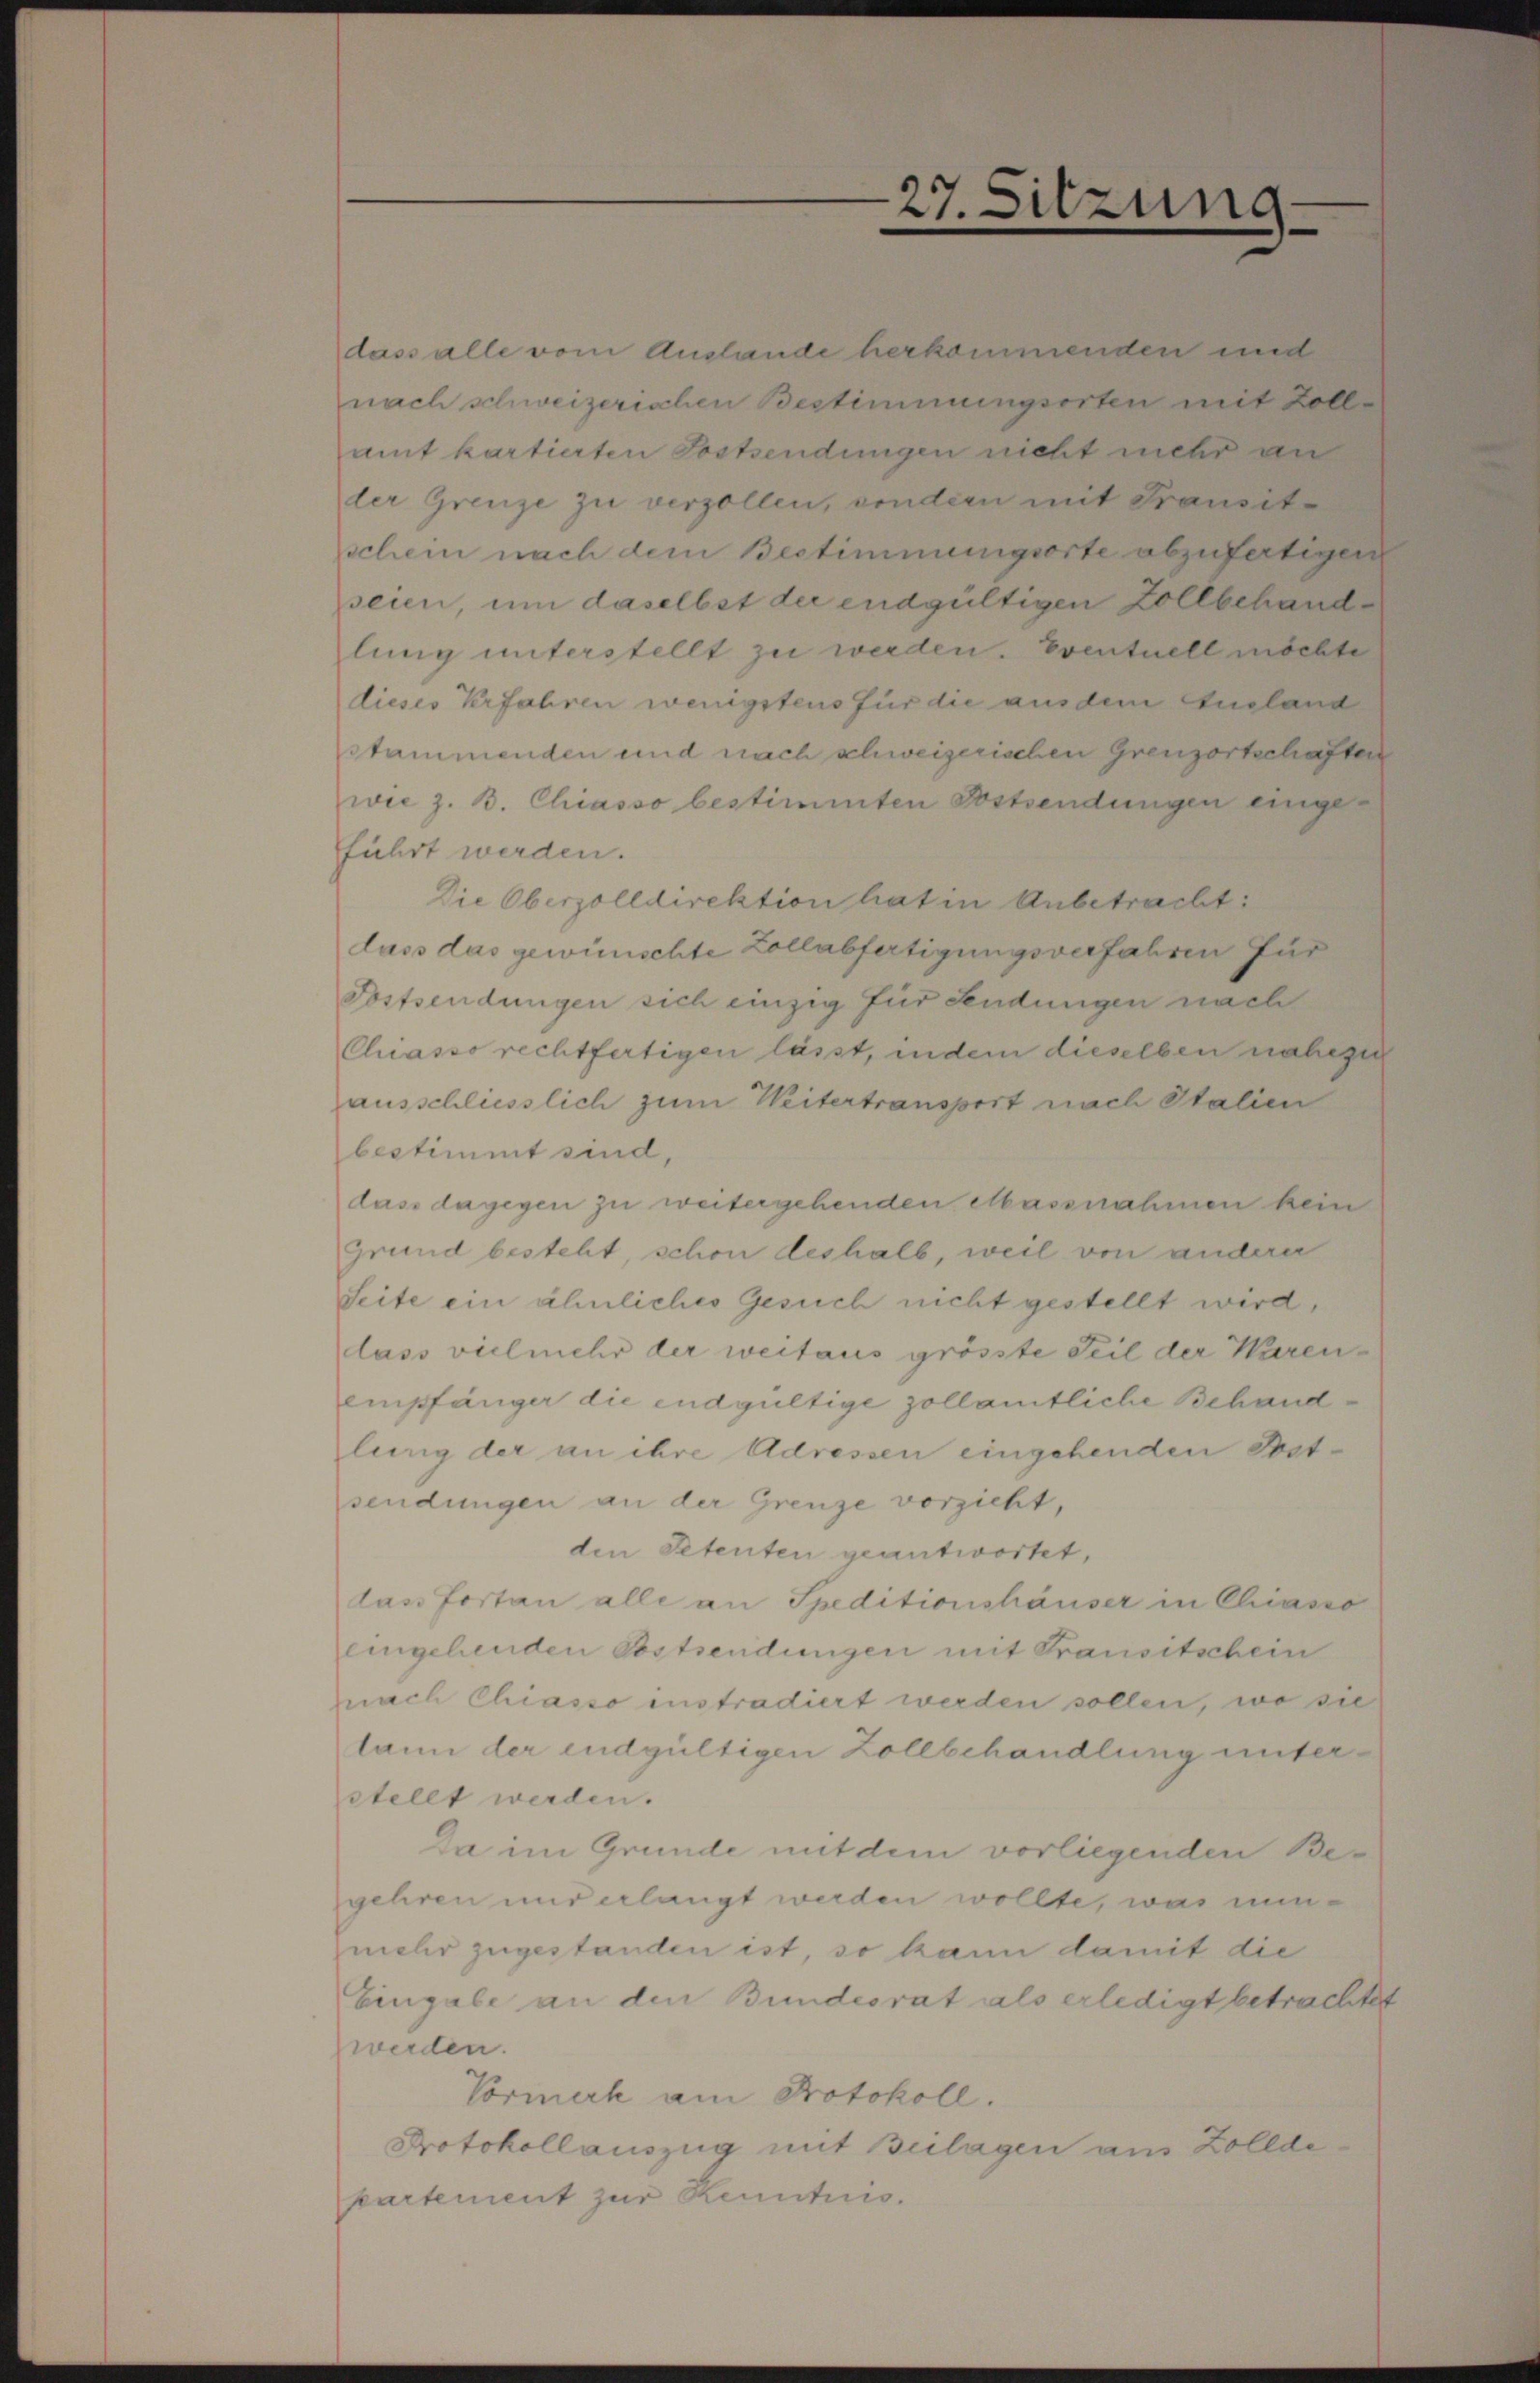
27. Sitzung

dass alle vom Auslande herkommenden und
nach schweizerischen Bestimmungsorten mit Doll-
amt kartierten Postsendungen nicht mehr an
der Grenze zu verzollen, sondern mit Transitschein nach dem Bestimmungsorte abzufertigen
seien, um daselbst die endgültigen Zollbehandlung unterstellt zu werden. Eventuell möchte
dieses Erfahren wenigstens für die aus dem Ausland
stammenden und nach schweizerischen Grenzortschaften
wie z. B. Chiasso bestimmten Postsendungen eingeführt werden.
Die Oberzolldirektion hat in Anbetracht:
lass das gewünschte Zollabfertigungsverfahren für
Fosssendungen sich einzig für Sendungen nach
Chiasso rechtfertigen lässt, indem dieselben nahezu
ausschliesslich zum Weitertransport nach Italien
bestimmt sind,
dass dagegen zu weitergehenden Massnahmen kein
Grund besteht, schon deshalb, weil von anderer
Seite ein ähnliches Gesuch nicht gestellt wird,
lass vielmehr der weitaus grösste Teil der Warenempfänger die endgültige zollamtliche Behandlung der an ihre Adressen eingehenden Betsendungen an der Grenze vorzieht,
den Petenten geantwortet,
das fortan alle an Speditionshäuser in Chiasso
eingehenden Ostsendungen mit Transitschein
nach Chiasso instradiert werden sollen, wo sie
lann der endgültigen Zollbehandlung unter
stellt werden.
Da im Grunde mit dem vorliegenden Be-
gehren und erlangt werden wollte, was nunmehr zugestanden ist, so kann damit die
Eingabe an den Bundesrat als erledigt betrachtet
werden.
Vormerk am Protokoll.
Protokollauszug mit Beilagen aus Zolldepartement zur Kenntnis.